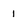
Character: 1